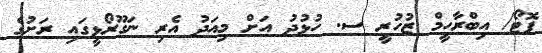
ފޮޓޯ/ އިބްރާހީމް ޒުހުރީ ސ. ހުޅުދު އަށް މިއަދު އެރި ނަގޫރޯޅީގައި ރަށުގެ